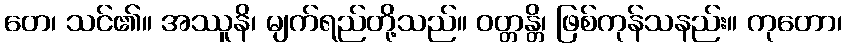
တေ၊ သင်၏။ အဿူနိ၊ မျက်ရည်တို့သည်။ ဝတ္တန္တိ၊ ဖြစ်ကုန်သနည်း။ ကုတော၊